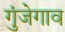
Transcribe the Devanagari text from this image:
गुंजेगाव